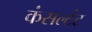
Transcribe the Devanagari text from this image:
कंसल्टंट